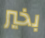
بخير